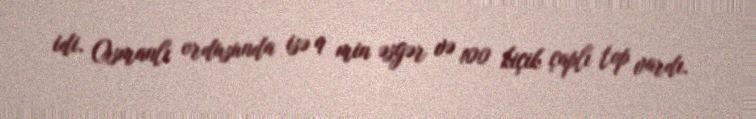
idi. Osmanlı ordusunda isə 9 min əsgər və 100 kiçik çaplı top vardı.